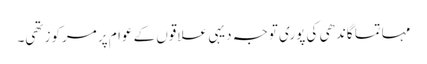
مہاتما گاندھی کی پوری توجہ دیہی علاقوں کے عوام پر مرکوز تھی۔